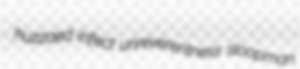
huzzaed infect unreverentness sloopman